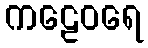
ကဠေဝရေ